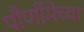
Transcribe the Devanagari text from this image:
पौर्णीमेच्या